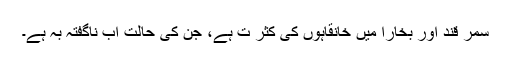
سمر قند اور بخارا میں خانقاہوں کی کثر ت ہے، جن کی حالت اب ناگفتہ بہ ہے۔